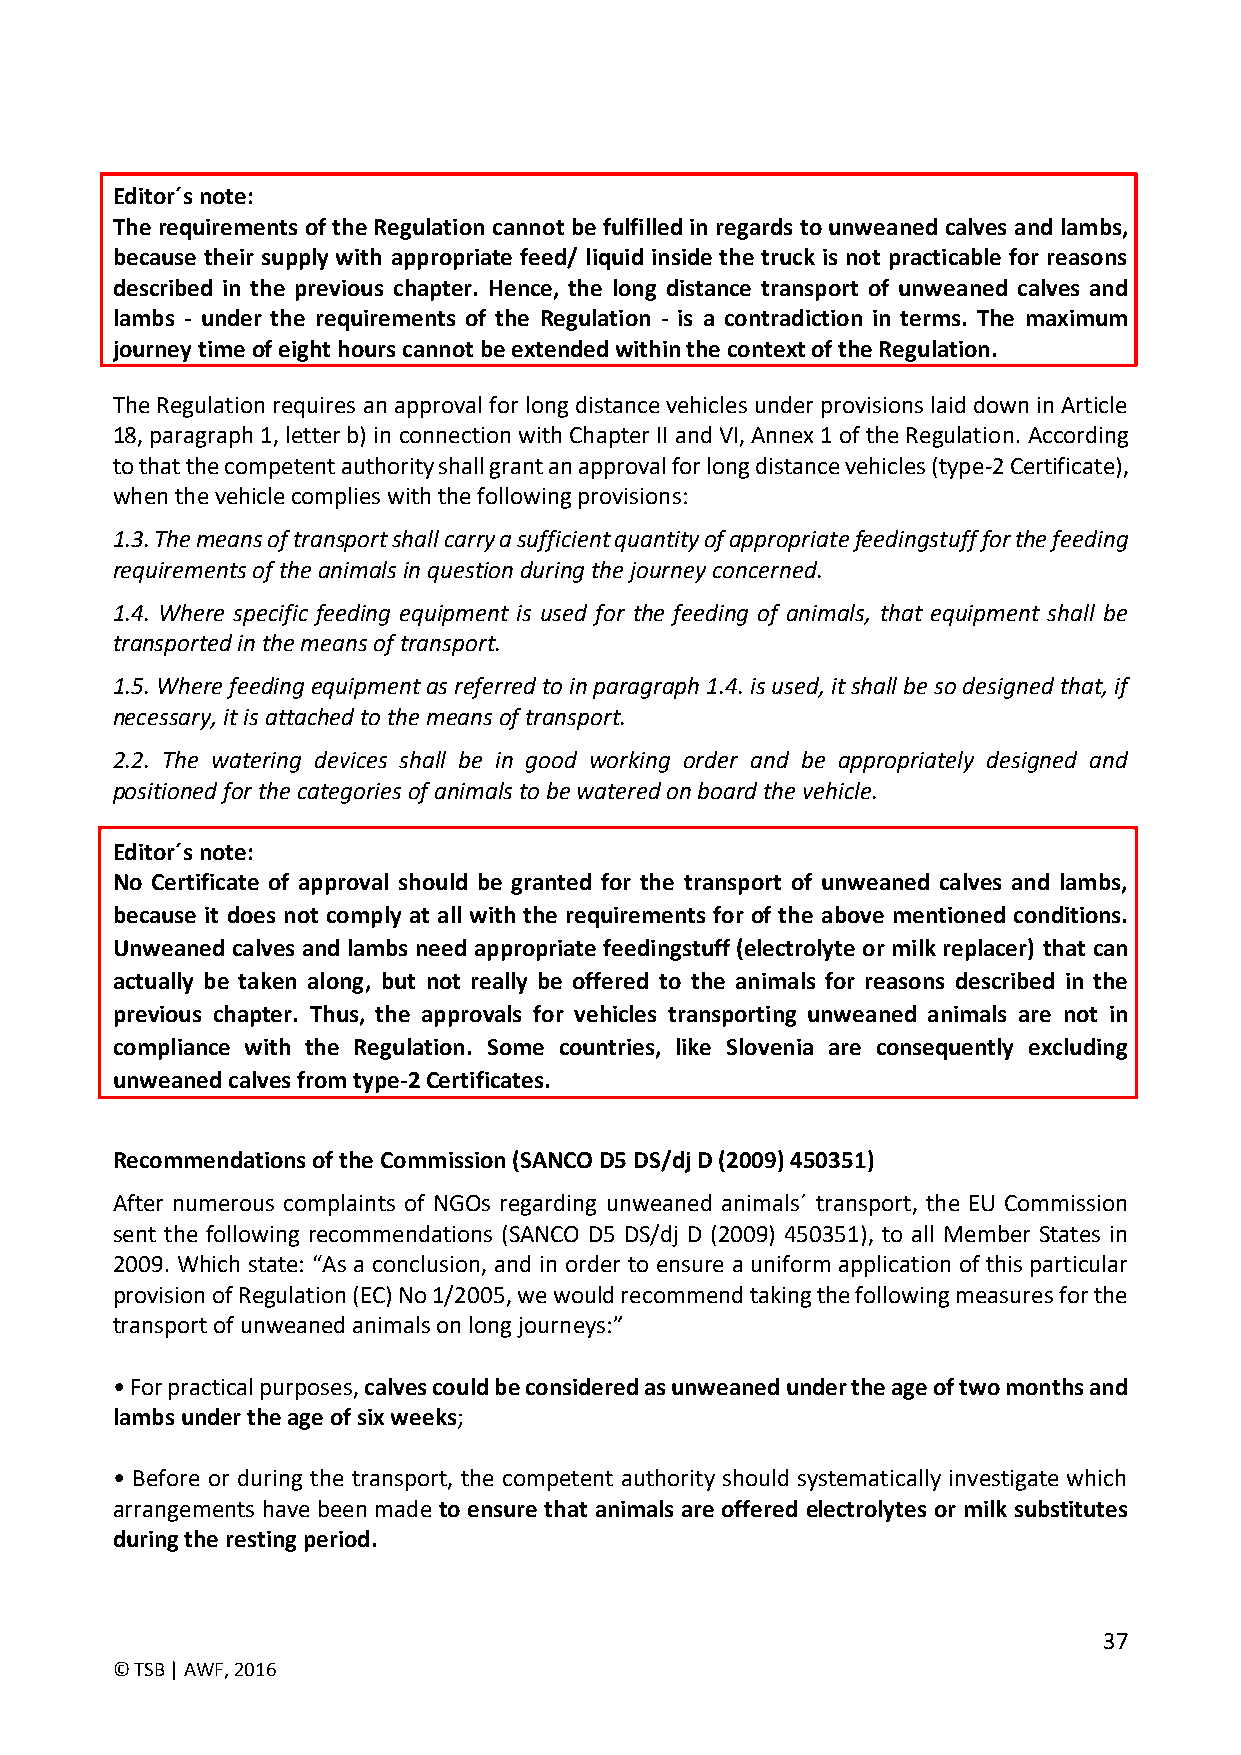
Editor´s note:
 The requirements of the Regulation cannot be fulfilled in regards to unweaned calves and lambs,
 because their supply with appropriate feed/ liquid inside the truck is not practicable for reasons
 described in the previous chapter. Hence, the long distance transport of unweaned calves and
 lambs - under the requirements of the Regulation - is a contradiction in terms. The maximum
 journey time of eight hours cannot be extended within the context of the Regulation.
 The Regulation requires an approval for long distance vehicles under provisions laid down in Article
 18, paragraph 1, letter b) in connection with Chapter II and VI, Annex 1 of the Regulation. According
 to that the competent authority shall grant an approval for long distance vehicles (type-2 Certificate),
 when the vehicle complies with the following provisions:
 1.3. The means of transport shall carry a sufficient quantity of appropriate feedingstuff for the feeding
 requirements of the animals in question during the journey concerned.
 1.4. Where specific feeding equipment is used for the feeding of animals, that equipment shall be
 transported in the means of transport.
 1.5. Where feeding equipment as referred to in paragraph 1.4. is used, it shall be so designed that, if
 necessary, it is attached to the means of transport.
 2.2. The watering devices shall be in good working order and be appropriately designed and
 positioned for the categories of animals to be watered on board the vehicle.
 Editor´s note:
 No Certificate of approval should be granted for the transport of unweaned calves and lambs,
 because it does not comply at all with the requirements for of the above mentioned conditions.
 Unweaned calves and lambs need appropriate feedingstuff (electrolyte or milk replacer) that can
 actually be taken along, but not really be offered to the animals for reasons described in the
 previous chapter. Thus, the approvals for vehicles transporting unweaned animals are not in
 compliance with the Regulation. Some countries, like Slovenia are consequently excluding
 unweaned calves from type-2 Certificates.
 Recommendations of the Commission (SANCO D5 DS/dj D (2009) 450351)
 After numerous complaints of NGOs regarding unweaned animals´ transport, the EU Commission
 sent the following recommendations (SANCO D5 DS/dj D (2009) 450351), to all Member States in
 2009. Which state: “As a conclusion, and in order to ensure a uniform application of this particular
 provision of Regulation (EC) No 1/2005, we would recommend taking the following measures for the
 transport of unweaned animals on long journeys:”
 • For practical purposes, calves could be considered as unweaned under the age of two months and
 lambs under the age of six weeks;
 • Before or during the transport, the competent authority should systematically investigate which
 arrangements have been made to ensure that animals are offered electrolytes or milk substitutes
 during the resting period.
 37
 © TSB | AWF, 2016